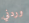
وردني